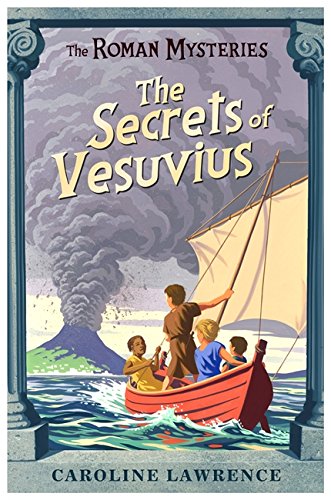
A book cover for The Secrets of Vesuvius (The Roman Mysteries); Caroline Lawrence; Teen & Young Adult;